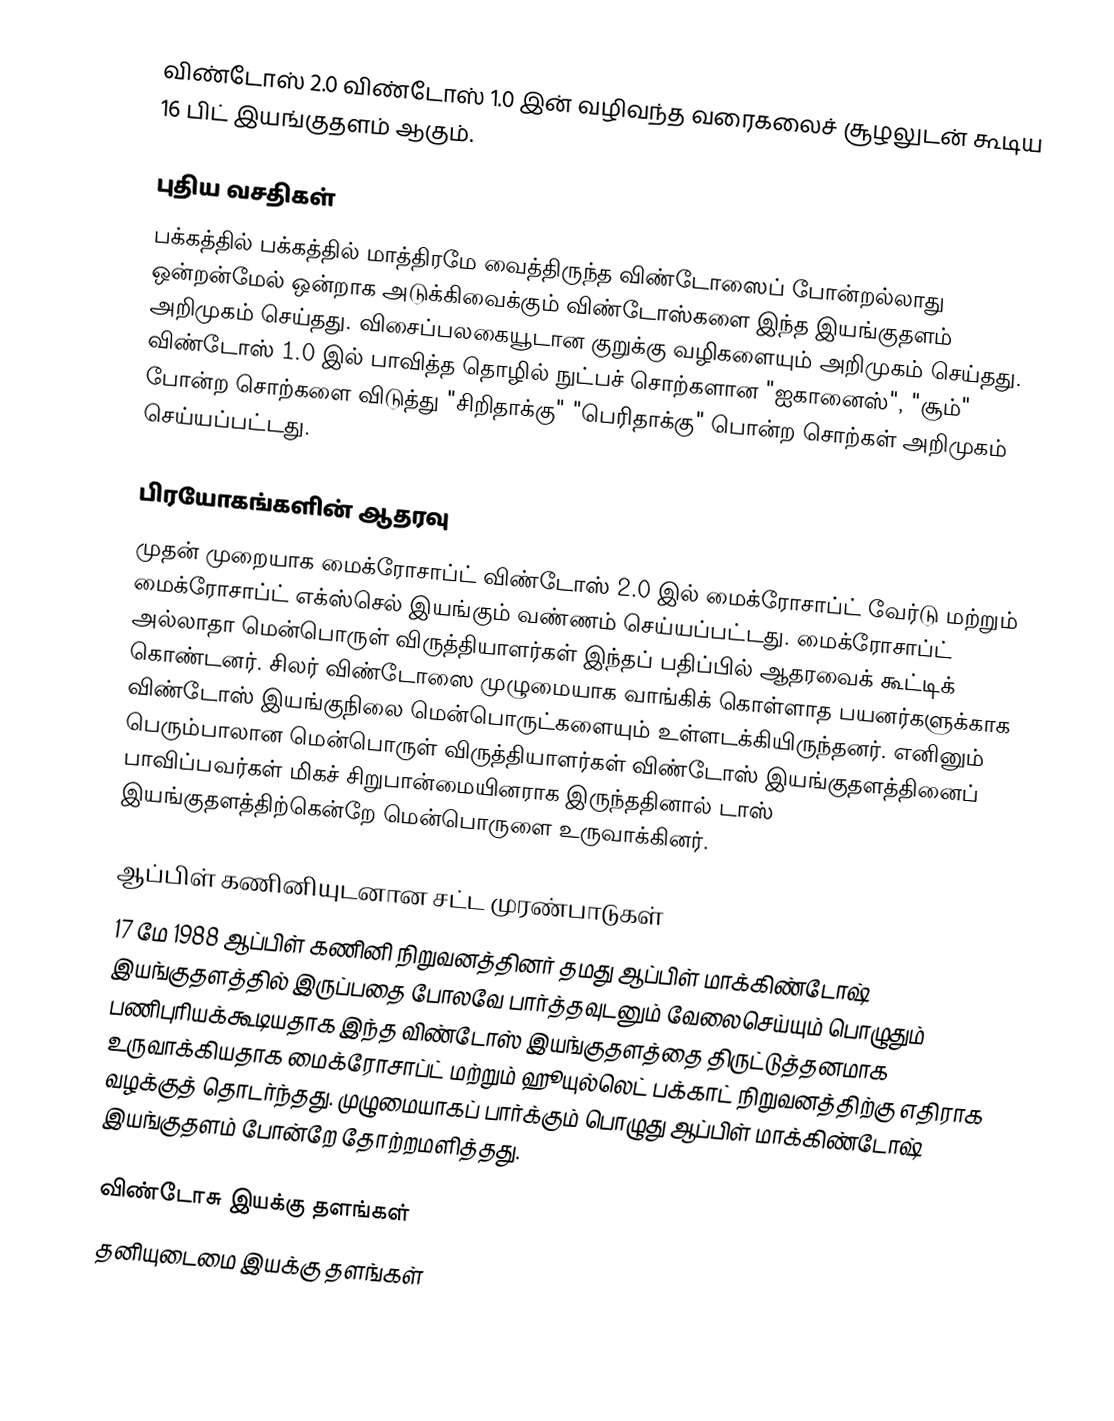
விண்டோஸ் 2.0 விண்டோஸ் 1.0 இன் வழிவந்த வரைகலைச் சூழலுடன் கூடிய 16 பிட் இயங்குதளம் ஆகும்.

புதிய வசதிகள்
பக்கத்தில் பக்கத்தில் மாத்திரமே வைத்திருந்த விண்டோஸைப் போன்றல்லாது ஒன்றன்மேல் ஒன்றாக அடுக்கிவைக்கும் விண்டோஸ்களை இந்த இயங்குதளம் அறிமுகம் செய்தது. விசைப்பலகையூடான குறுக்கு வழிகளையும் அறிமுகம் செய்தது. விண்டோஸ் 1.0 இல் பாவித்த தொழில் நுட்பச் சொற்களான "ஐகானைஸ்", "சூம்" போன்ற சொற்களை விடுத்து "சிறிதாக்கு"  "பெரிதாக்கு" பொன்ற சொற்கள் அறிமுகம் செய்யப்பட்டது.

பிரயோகங்களின் ஆதரவு
முதன் முறையாக மைக்ரோசாப்ட் விண்டோஸ் 2.0 இல் மைக்ரோசாப்ட் வேர்டு மற்றும் மைக்ரோசாப்ட் எக்ஸ்செல் இயங்கும் வண்ணம் செய்யப்பட்டது. மைக்ரோசாப்ட் அல்லாதா மென்பொருள் விருத்தியாளர்கள் இந்தப் பதிப்பில் ஆதரவைக் கூட்டிக் கொண்டனர். சிலர் விண்டோஸை முழுமையாக வாங்கிக் கொள்ளாத பயனர்களுக்காக விண்டோஸ் இயங்குநிலை மென்பொருட்களையும் உள்ளடக்கியிருந்தனர். எனினும் பெரும்பாலான மென்பொருள் விருத்தியாளர்கள் விண்டோஸ் இயங்குதளத்தினைப் பாவிப்பவர்கள் மிகச் சிறுபான்மையினராக இருந்ததினால் டாஸ் இயங்குதளத்திற்கென்றே மென்பொருளை உருவாக்கினர்.

ஆப்பிள் கணினியுடனான சட்ட முரண்பாடுகள்
17 மே 1988 ஆப்பிள் கணினி நிறுவனத்தினர் தமது ஆப்பிள் மாக்கிண்டோஷ் இயங்குதளத்தில் இருப்பதை போலவே பார்த்தவுடனும் வேலைசெய்யும் பொழுதும் பணிபுரியக்கூடியதாக இந்த விண்டோஸ் இயங்குதளத்தை திருட்டுத்தனமாக உருவாக்கியதாக மைக்ரோசாப்ட் மற்றும் ஹூயுல்லெட் பக்காட் நிறுவனத்திற்கு எதிராக வழக்குத் தொடர்ந்தது. முழுமையாகப் பார்க்கும் பொழுது ஆப்பிள் மாக்கிண்டோஷ் இயங்குதளம் போன்றே தோற்றமளித்தது.

விண்டோசு இயக்கு தளங்கள்
தனியுடைமை இயக்கு தளங்கள்